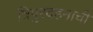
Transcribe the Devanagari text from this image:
त्रिपुरदहनाची